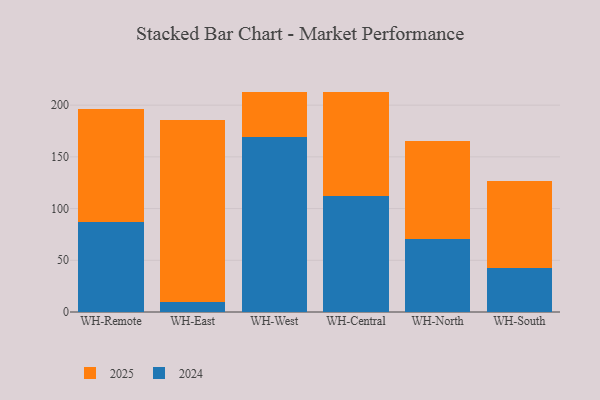
{"axis": {"x": "Warehouse", "y": "Gross Profit (USD K)"}, "legend": ["2024", "2025"], "data": [{"x": "WH-Remote", "y": 87.0, "type": "2024"}, {"x": "WH-Remote", "y": 108.9, "type": "2025"}, {"x": "WH-East", "y": 9.6, "type": "2024"}, {"x": "WH-East", "y": 175.6, "type": "2025"}, {"x": "WH-West", "y": 169.4, "type": "2024"}, {"x": "WH-West", "y": 43.5, "type": "2025"}, {"x": "WH-Central", "y": 112.4, "type": "2024"}, {"x": "WH-Central", "y": 100.7, "type": "2025"}, {"x": "WH-North", "y": 70.8, "type": "2024"}, {"x": "WH-North", "y": 94.4, "type": "2025"}, {"x": "WH-South", "y": 42.7, "type": "2024"}, {"x": "WH-South", "y": 84.1, "type": "2025"}]}